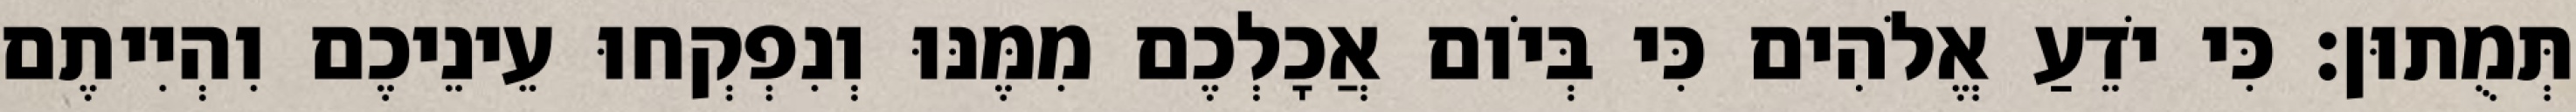
תְּמֻתוּן׃ כִּי יֹדֵעַ אֱלֹהִים כִּי בְּיֹום אֲכָלְכֶם מִמֶּנּוּ וְנִפְקְחוּ עֵינֵיכֶם וִהְיִיתֶם